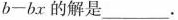
$$b - b x$$ 的解是___。